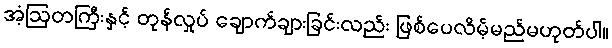
အံ့ဩတကြီးနှင့် တုန်လှုပ် ချောက်ချားခြင်းလည်း ဖြစ်ပေလိမ့်မည်မဟုတ်ပါ။